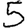
Digit: 5